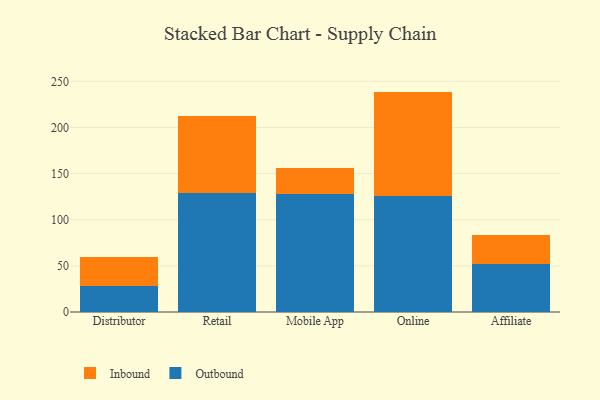
{"axis": {"x": "Channel", "y": "Headcount"}, "legend": ["Inbound", "Outbound"], "data": [{"x": "Distributor", "y": 28.7, "type": "Outbound"}, {"x": "Distributor", "y": 31.3, "type": "Inbound"}, {"x": "Retail", "y": 128.8, "type": "Outbound"}, {"x": "Retail", "y": 83.8, "type": "Inbound"}, {"x": "Mobile App", "y": 127.8, "type": "Outbound"}, {"x": "Mobile App", "y": 28.8, "type": "Inbound"}, {"x": "Online", "y": 125.4, "type": "Outbound"}, {"x": "Online", "y": 113.5, "type": "Inbound"}, {"x": "Affiliate", "y": 52.2, "type": "Outbound"}, {"x": "Affiliate", "y": 30.9, "type": "Inbound"}]}